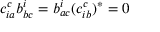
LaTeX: c _ { i a } ^ { c } b _ { b c } ^ { i } = b _ { a c } ^ { i } ( c _ { i b } ^ { c } ) ^ { * } = 0